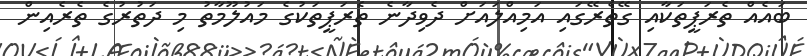
ބައެއް ތެރަޕީތަކާއި ގޭތެރޭގައި އަމިއްލައަށް ދެވިދާނެ ތެރަޕީތަކުގެ މައުލޫމާތު މި ދަތުރުގެ ތެރެއިން